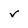
Character: v